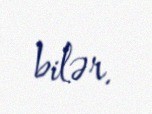
bilər.